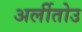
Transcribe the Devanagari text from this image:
अर्लीतोउ